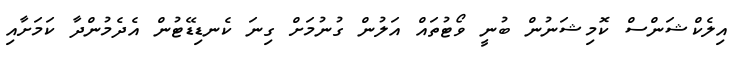
އިލެކްޝަންސް ކޮމިޝަނުން ބުނީ ވޯޓުތައް އަލުން ގުނުމަށް ގިނަ ކެނޑިޑޭޓުން އެދެމުންދާ ކަމަށާއި